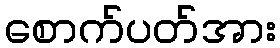
စောက်ပတ်အား